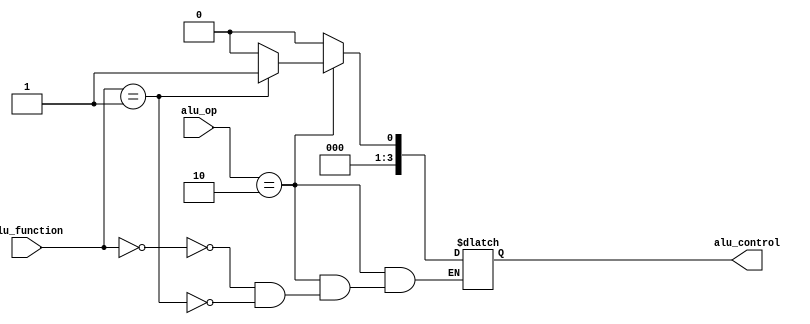
module alu_control (
    
    input [5:0] alu_function,
    input [1:0] alu_op,
    output reg [3:0] alu_control
    );

    always @(alu_function) begin
        
        if (alu_op == 2'b10) begin
            case (alu_function)
                6'b000000: alu_control = 4'b0000; //ADD
                6'b000001: alu_control = 4'b0001; //SUB
            endcase
        end

        // Probably a M-instruction
        else begin
            alu_control = 4'b0000; //ADD
        end

    end

endmodule